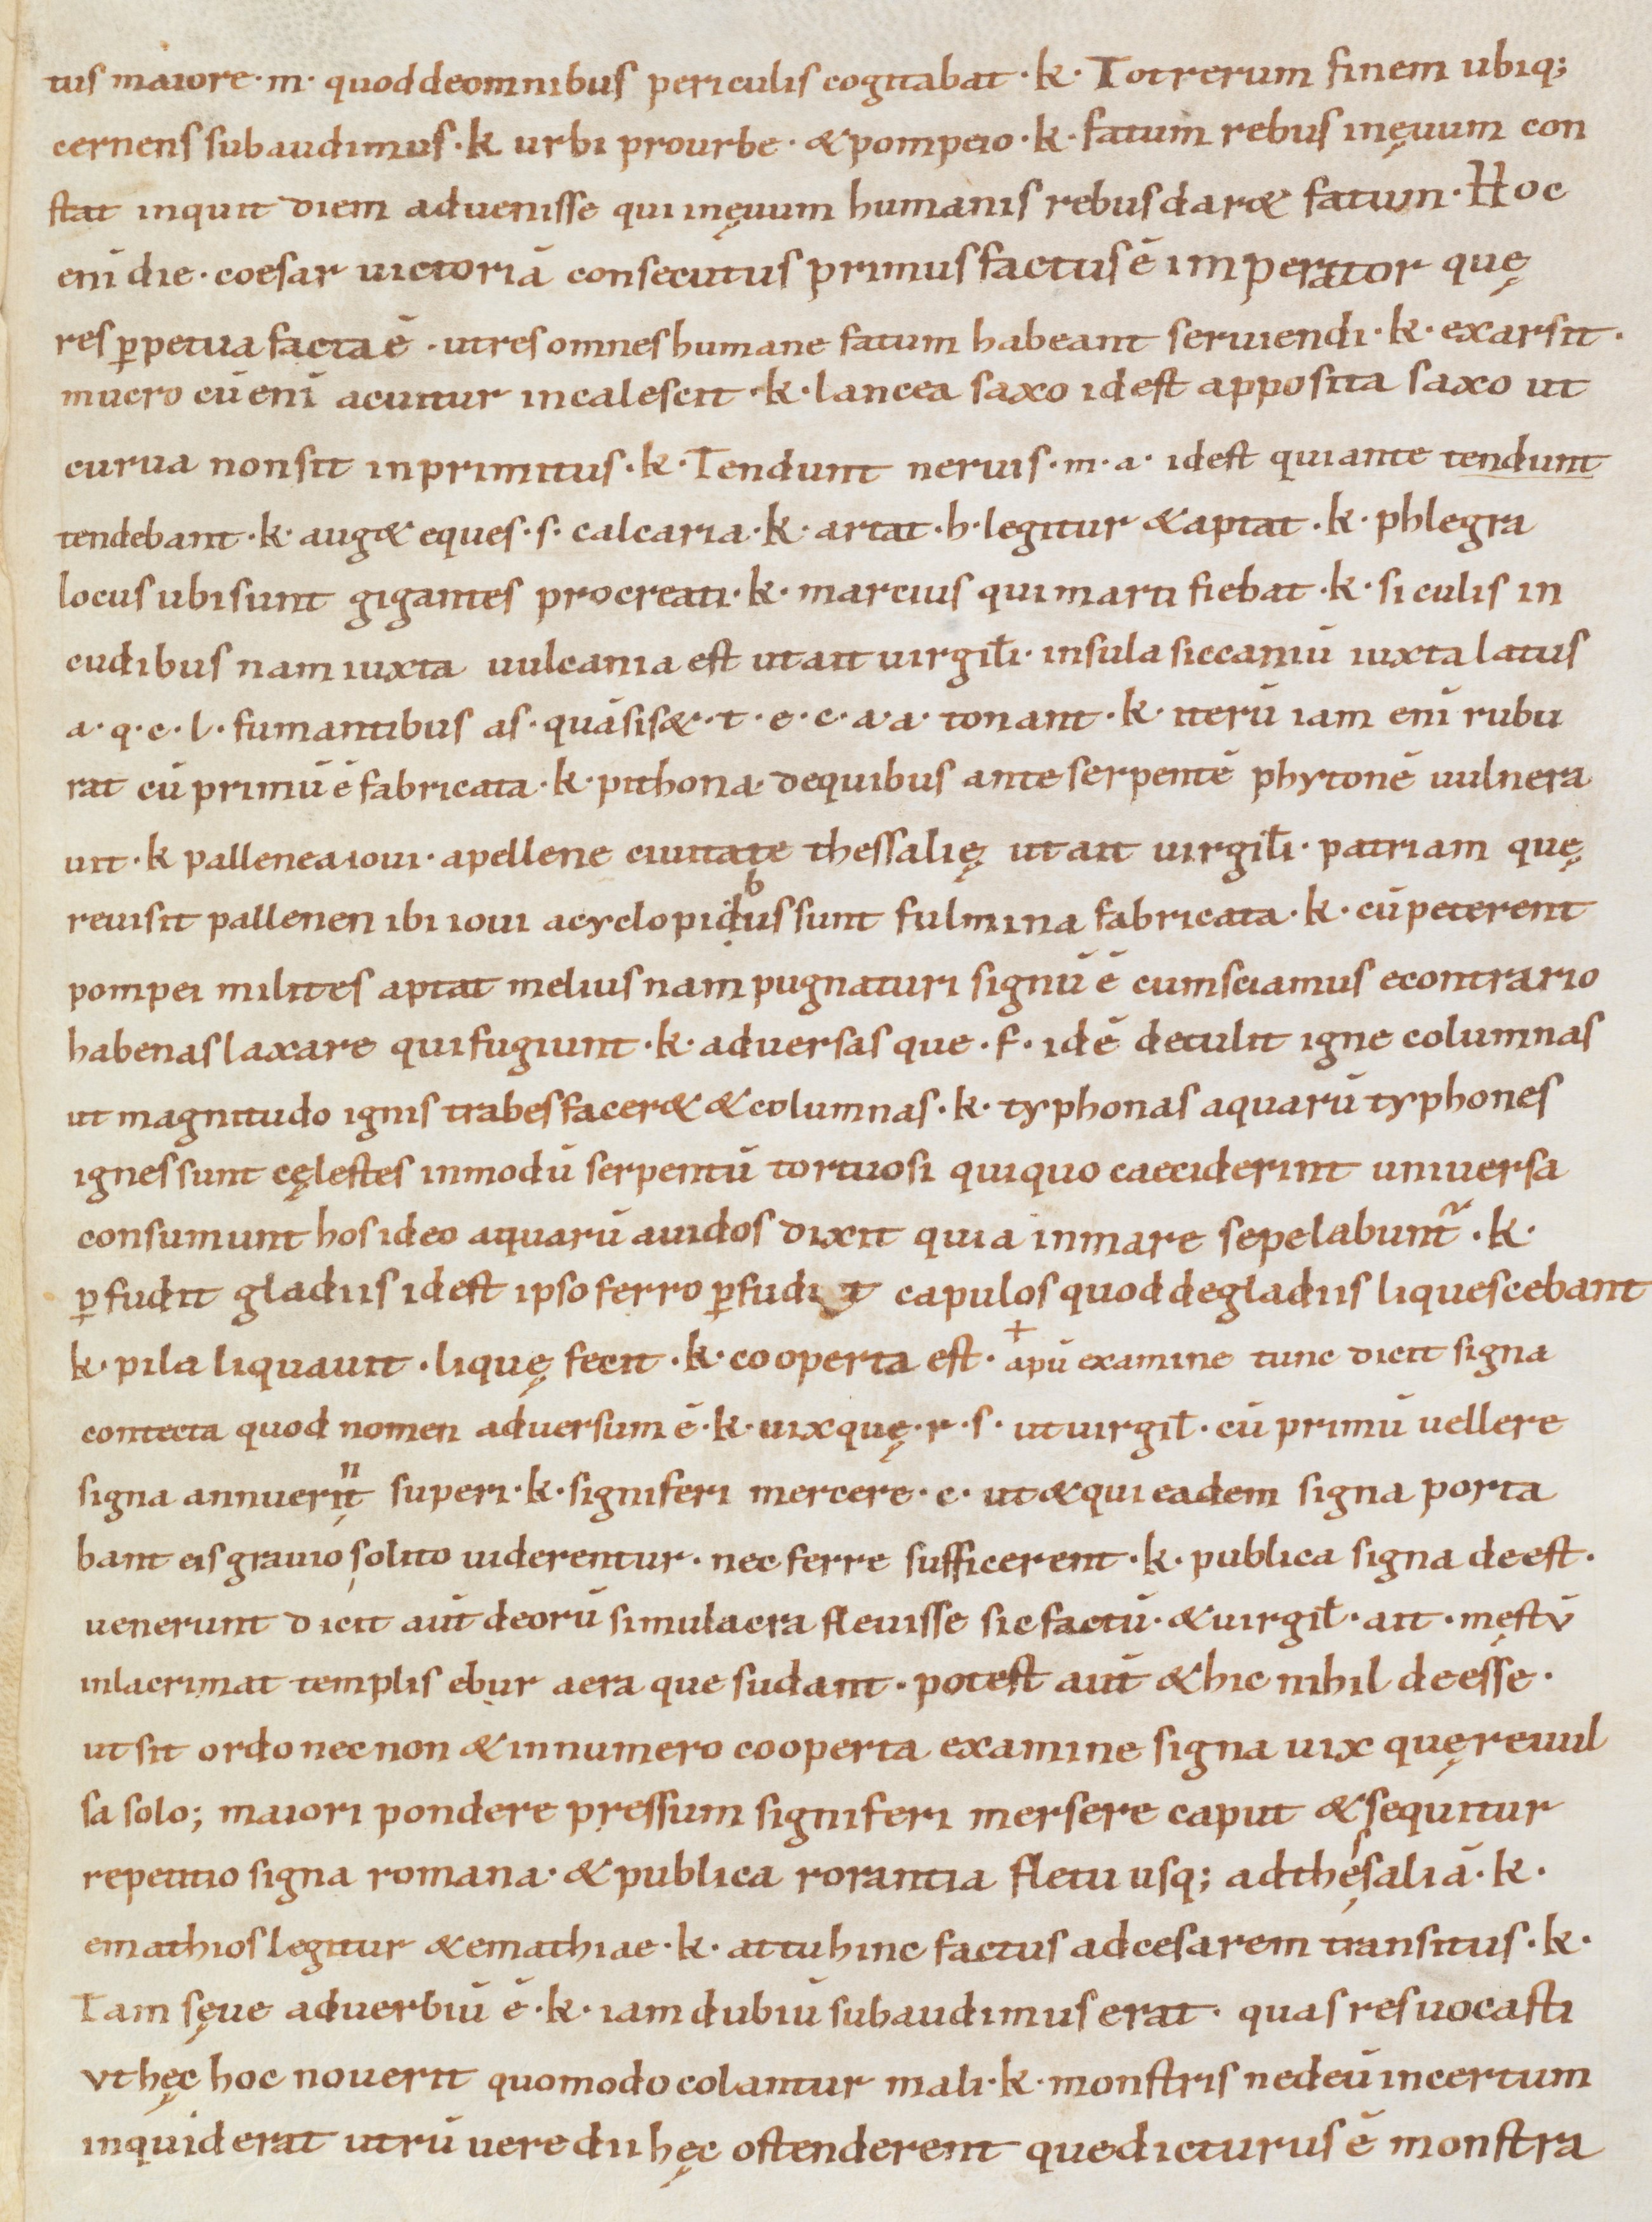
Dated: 1000–1099